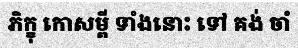
ភិក្ខុ កោសម្ពី ទាំងនោះ ទៅ គង់ ចាំ